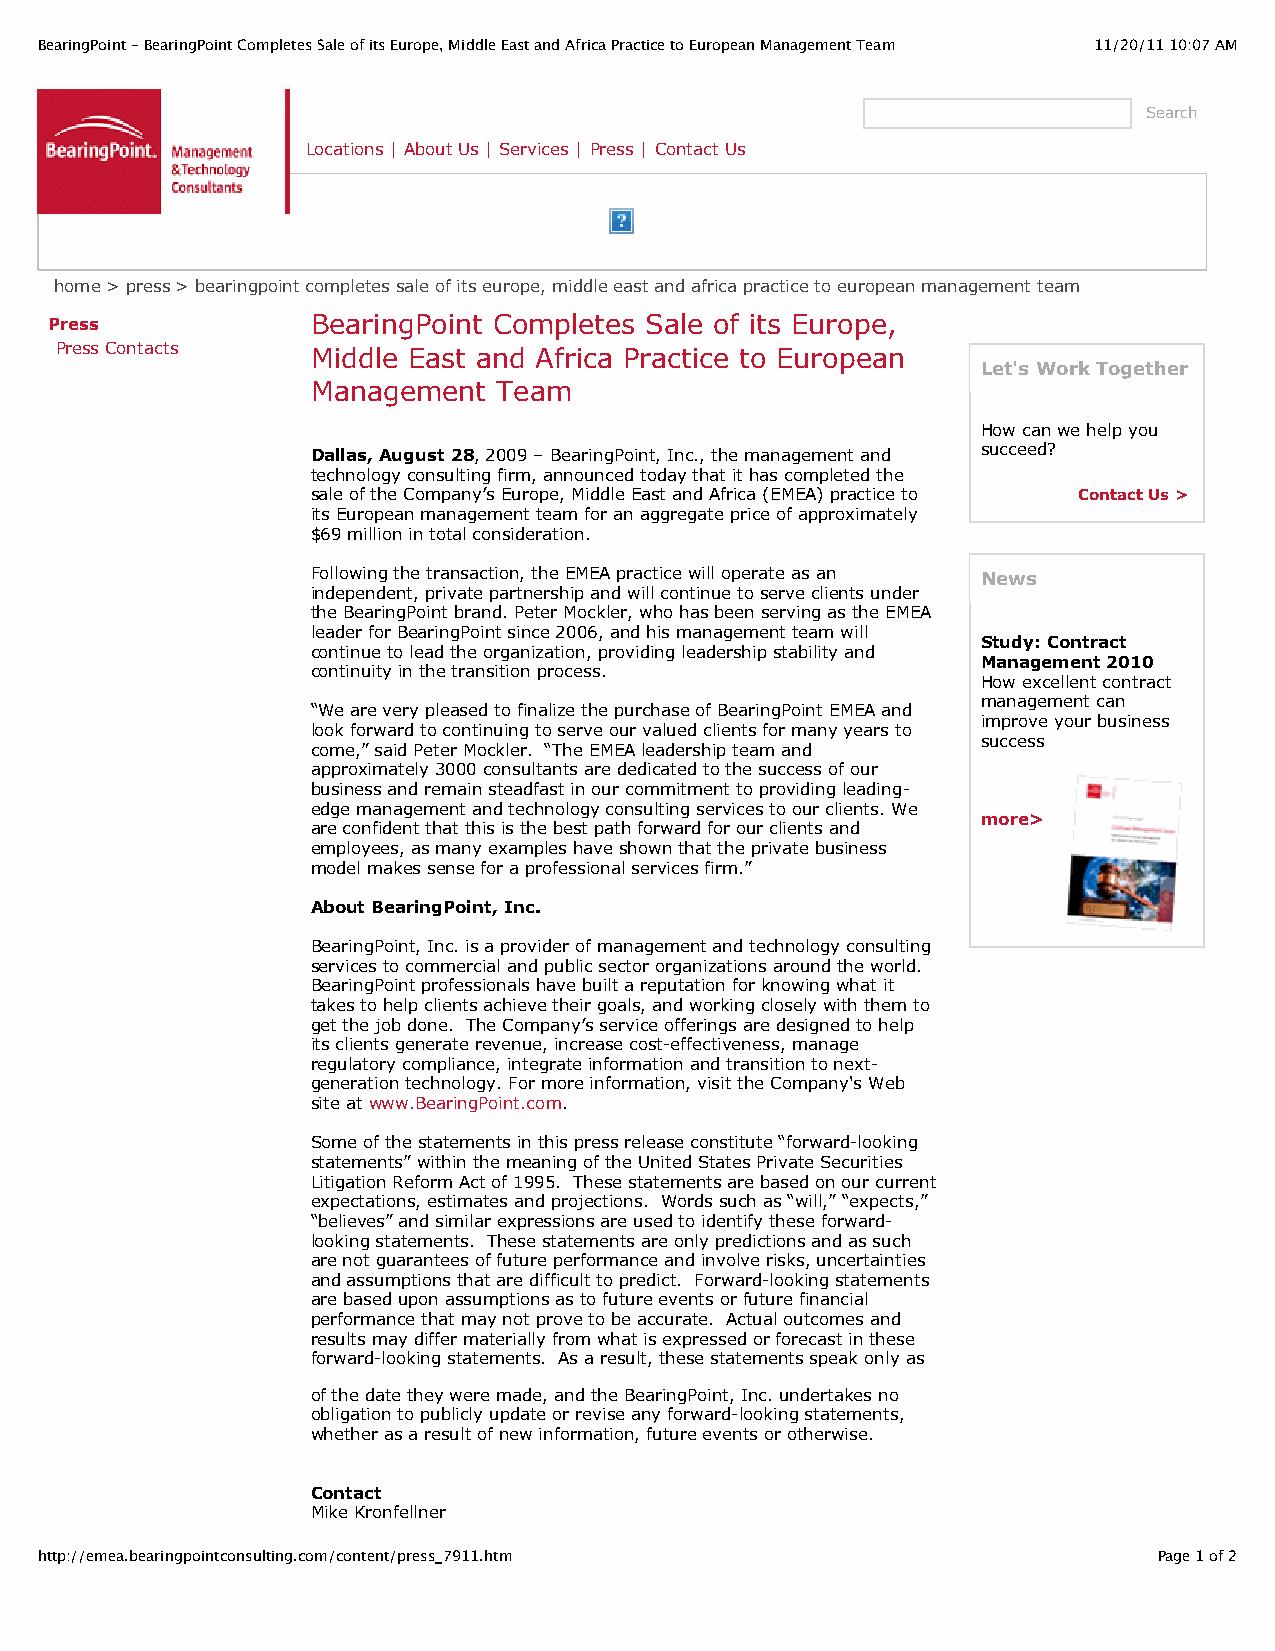
BearingPoint - BearingPoint Completes Sale of its Europe, Middle East and Africa Practice to European Management Team 11/20/11 10:07 AM
 Search
 Locations | About Us | Services | Press | Contact Us
 home > press > bearingpoint completes sale of its europe, middle east and africa practice to european management team
 Press             BearingPoint Completes Sale of its Europe,
 Press Contacts   Middle East and Africa Practice to European
 Let's Work Together
 Management  Team
 How can we help you
 Dallas, August 28, 2009 – BearingPoint, Inc., the management and succeed?
 technology consulting firm, announced today that it has completed the
 sale of the Company’s Europe, Middle East and Africa (EMEA) practice to Contact Us >
 its European management team for an aggregate price of approximately
 $69 million in total consideration.
 Following the transaction, the EMEA practice will operate as an News
 independent, private partnership and will continue to serve clients under
 the BearingPoint brand. Peter Mockler, who has been serving as the EMEA
 leader for BearingPoint since 2006, and his management team will
 Study: Contract
 continue to lead the organization, providing leadership stability and
 Management 2010
 continuity in the transition process.
 How excellent contract
 management can
 “We are very pleased to finalize the purchase of BearingPoint EMEA and
 improve your business
 look forward to continuing to serve our valued clients for many years to
 success
 come,” said Peter Mockler. “The EMEA leadership team and
 approximately 3000 consultants are dedicated to the success of our
 business and remain steadfast in our commitment to providing leading-
 edge management and technology consulting services to our clients. We
 more>
 are confident that this is the best path forward for our clients and
 employees, as many examples have shown that the private business
 model makes sense for a professional services firm.”
 About BearingPoint, Inc.
 BearingPoint, Inc. is a provider of management and technology consulting
 services to commercial and public sector organizations around the world.
 BearingPoint professionals have built a reputation for knowing what it
 takes to help clients achieve their goals, and working closely with them to
 get the job done. The Company’s service offerings are designed to help
 its clients generate revenue, increase cost-effectiveness, manage
 regulatory compliance, integrate information and transition to next-
 generation technology. For more information, visit the Company's Web
 site at www.BearingPoint.com.
 Some of the statements in this press release constitute “forward-looking
 statements” within the meaning of the United States Private Securities
 Litigation Reform Act of 1995. These statements are based on our current
 expectations, estimates and projections. Words such as “will,” “expects,”
 “believes” and similar expressions are used to identify these forward-
 looking statements. These statements are only predictions and as such
 are not guarantees of future performance and involve risks, uncertainties
 and assumptions that are difficult to predict. Forward-looking statements
 are based upon assumptions as to future events or future financial
 performance that may not prove to be accurate. Actual outcomes and
 results may differ materially from what is expressed or forecast in these
 forward-looking statements. As a result, these statements speak only as
 of the date they were made, and the BearingPoint, Inc. undertakes no
 obligation to publicly update or revise any forward-looking statements,
 whether as a result of new information, future events or otherwise.
 Contact
 Mike Kronfellner
 http://emea.bearingpointconsulting.com/content/press_7911.htm              Page 1 of 2